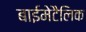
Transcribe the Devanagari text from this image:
बाईमेटैलिक